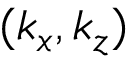
( k _ { x } , k _ { z } )